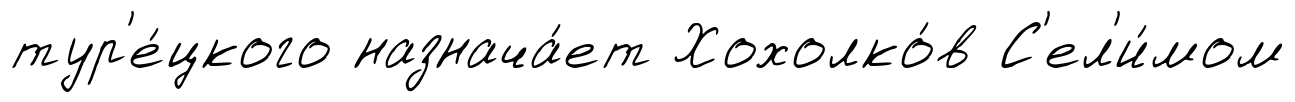
тур'е́цкого назнача́ет Хохолко́в С'ел'и́мом